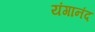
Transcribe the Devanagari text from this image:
यंगानंद